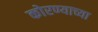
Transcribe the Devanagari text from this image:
कोरण्याच्या